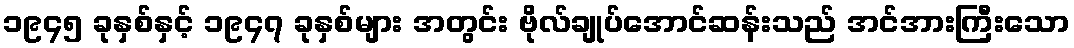
၁၉၄၅ ခုနှစ်နှင့် ၁၉၄၇ ခုနှစ်များ အတွင်း ဗိုလ်ချုပ်အောင်ဆန်းသည် အင်အားကြီးသော